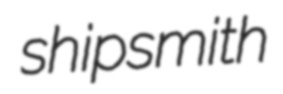
shipsmith